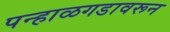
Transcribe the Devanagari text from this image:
पन्हाळगडावरून